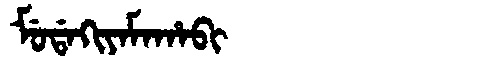
Manchu: ᠮᡠᡩᠠᡴᡳᠶᠠᠮᠠᡥᠠᠪᡳ
Romanization: MUDAKIYAMAHABI